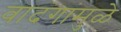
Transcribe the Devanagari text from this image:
वादंगांमुळे